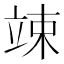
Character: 竦